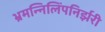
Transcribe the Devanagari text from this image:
भ्रमन्निलिंपनिर्झरी